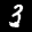
Label: 3